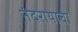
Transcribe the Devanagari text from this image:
नंदरायाचा